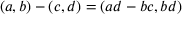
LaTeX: ( a , b ) - ( c , d ) = ( a d - b c , b d )